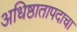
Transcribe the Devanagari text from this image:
अधिष्ठातापदाचा